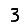
Digit: 3